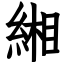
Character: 緗